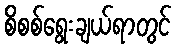
စိစစ်ရွေးချယ်ရာတွင်